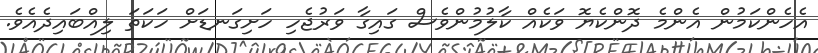
އެހެންކަމުން އެންމެ ދޮންކެޔޮ ވަކެއް ކާލުމުންވެސް ގައިގާ ވަރުޖެހި ހަށިގަނޑަށް ހަކަތަ ލިއްބައިދެއެވެ.